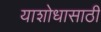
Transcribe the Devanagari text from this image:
याशोधासाठी